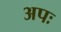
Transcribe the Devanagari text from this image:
अपः